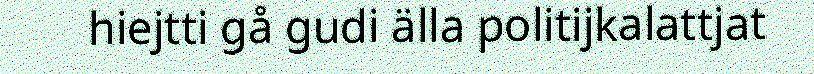
hiejtti gå gudi älla politijkalattjat